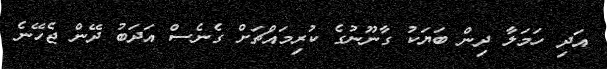
އަދި ހަމަލާ ދިން ބަޔަކު ގާނޫނުގެ ކުރިމައްޗަށް ގެނެސް އަދަބު ދޭން ޖެހޭނެ